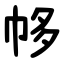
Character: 㡅